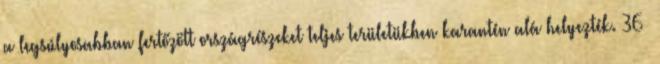
a legsúlyosabban fertőzött országrészeket teljes területükben karantén alá helyezték. 36